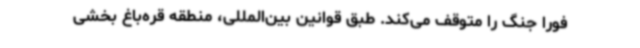
فورا جنگ را متوقف می‌کند. طبق قوانین بین‌المللی، منطقه قره‌باغ بخشی